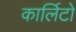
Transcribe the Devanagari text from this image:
कार्लिटो